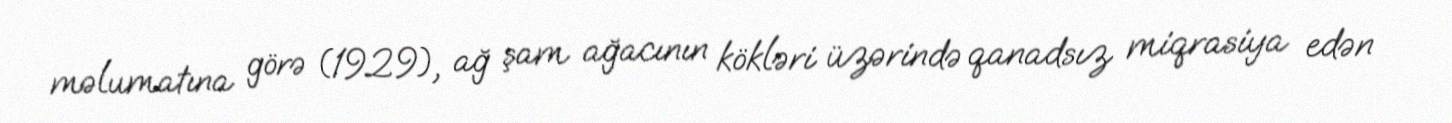
məlumatına görə (1929), ağ şam ağacının kökləri üzərində qanadsız miqrasiya edən